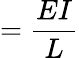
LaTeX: =\frac{EI}{L}